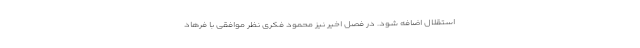
استقلال اضافه شود. در فصل اخیر نیز محمود فکری نظر موافقی با فرهاد